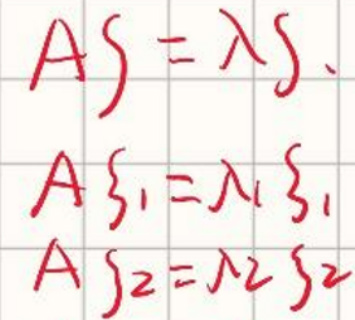
\[
\begin{align*}
A\mathbf{s}&=\lambda\mathbf{s}\\
A\mathbf{s_1}&=\lambda_1\mathbf{s_1}\\
A\mathbf{s_2}&=\lambda_2\mathbf{s_2}
\end{align*}
\]